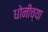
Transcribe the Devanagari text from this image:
धोनीच्या